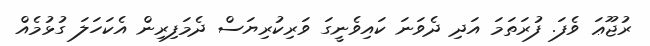
ރުޖޫޢަ ވެފަ. ފުރަތަމަ އަދި ދެވަނަ ކައިވެނީގަ ވަރިކުރިޔަސް ދެމަފިރިން އެކަހަލަ ގުޅުމެއް